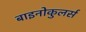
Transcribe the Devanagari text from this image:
बाइनोकुलर्स